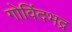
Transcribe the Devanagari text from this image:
गोविंदभद्र